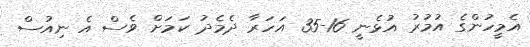
އެމީހުންގެ އުމުރު އުޅެނީ 16-35 އަހަރާ ދެމެދު ކަމަށް ވެސް އެ ނިއުސް